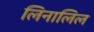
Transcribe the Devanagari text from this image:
लिनालिल